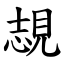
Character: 覟